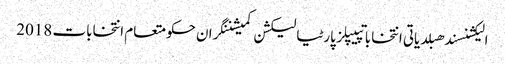
الیکشنسندھبلدیاتی انتخاباتپیپلز پارٹیالیکشن کمیشننگران حکومتعام انتخابات 2018